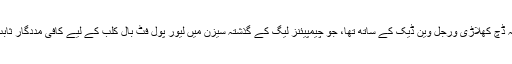
میسی کا مقابلہ ڈچ کھلاڑی ورجل وین ڈیک کے ساتھ تھا، جو چیمپیئنز لیگ کے گذشتہ سیزن میں لیور پول فٹ بال کلب کے لیے کافی مددگار ثابت ہوئے تھے۔